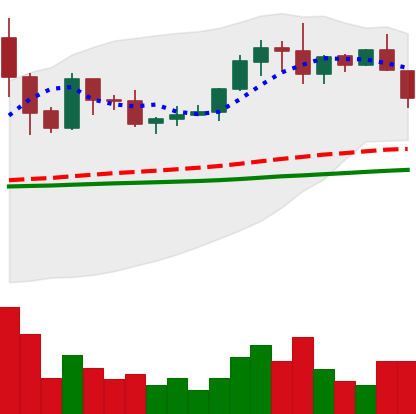
Ticker: XRP-USD
Chart end date: 2019-06-04
Forward return: -3.095%
Label: down_3_5